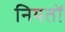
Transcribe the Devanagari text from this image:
नियतों